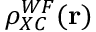
\rho _ { X C } ^ { W F } ( \mathbf { r } )